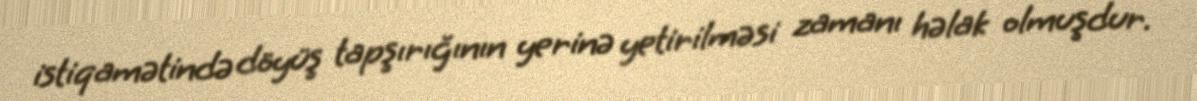
istiqamətində döyüş tapşırığının yerinə yetirilməsi zamanı həlak olmuşdur.